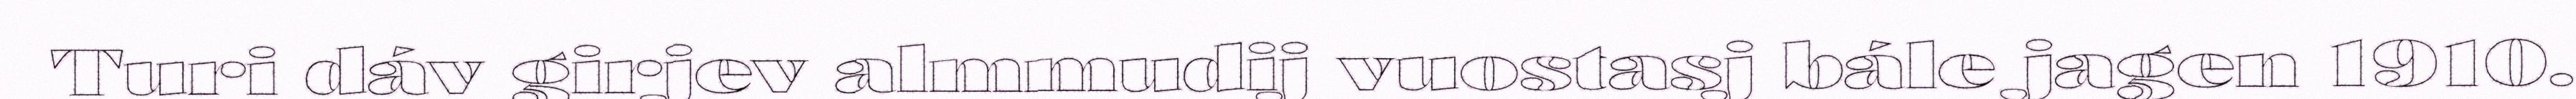
Turi dáv girjev almmudij vuostasj bále jagen 1910.